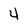
Character: 4